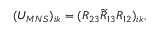
( U _ { M N S } ) _ { i k } = ( R _ { 2 3 } \widetilde { R } _ { 1 3 } R _ { 1 2 } ) _ { i k } ,